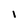
Character: I